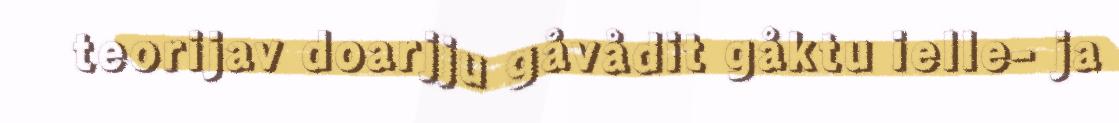
teorijav doarjju gåvådit gåktu ielle- ja